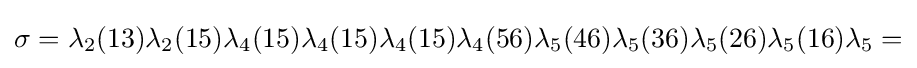
\sigma =\lambda _{2}(13)\lambda _{2}(15)\lambda _{4}(15)\lambda _{4}(15)\lambda _{4}(15)\lambda _{4}(56)\lambda _{5}(46)\lambda _{5}(36)\lambda _{5}(26)\lambda _{5}(16)\lambda _{5}=